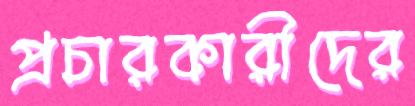
প্রচারকারীদের